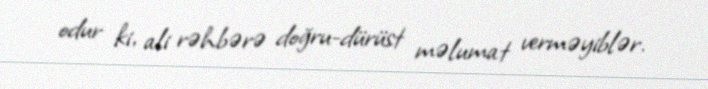
odur ki, ali rəhbərə doğru-dürüst məlumat verməyiblər.